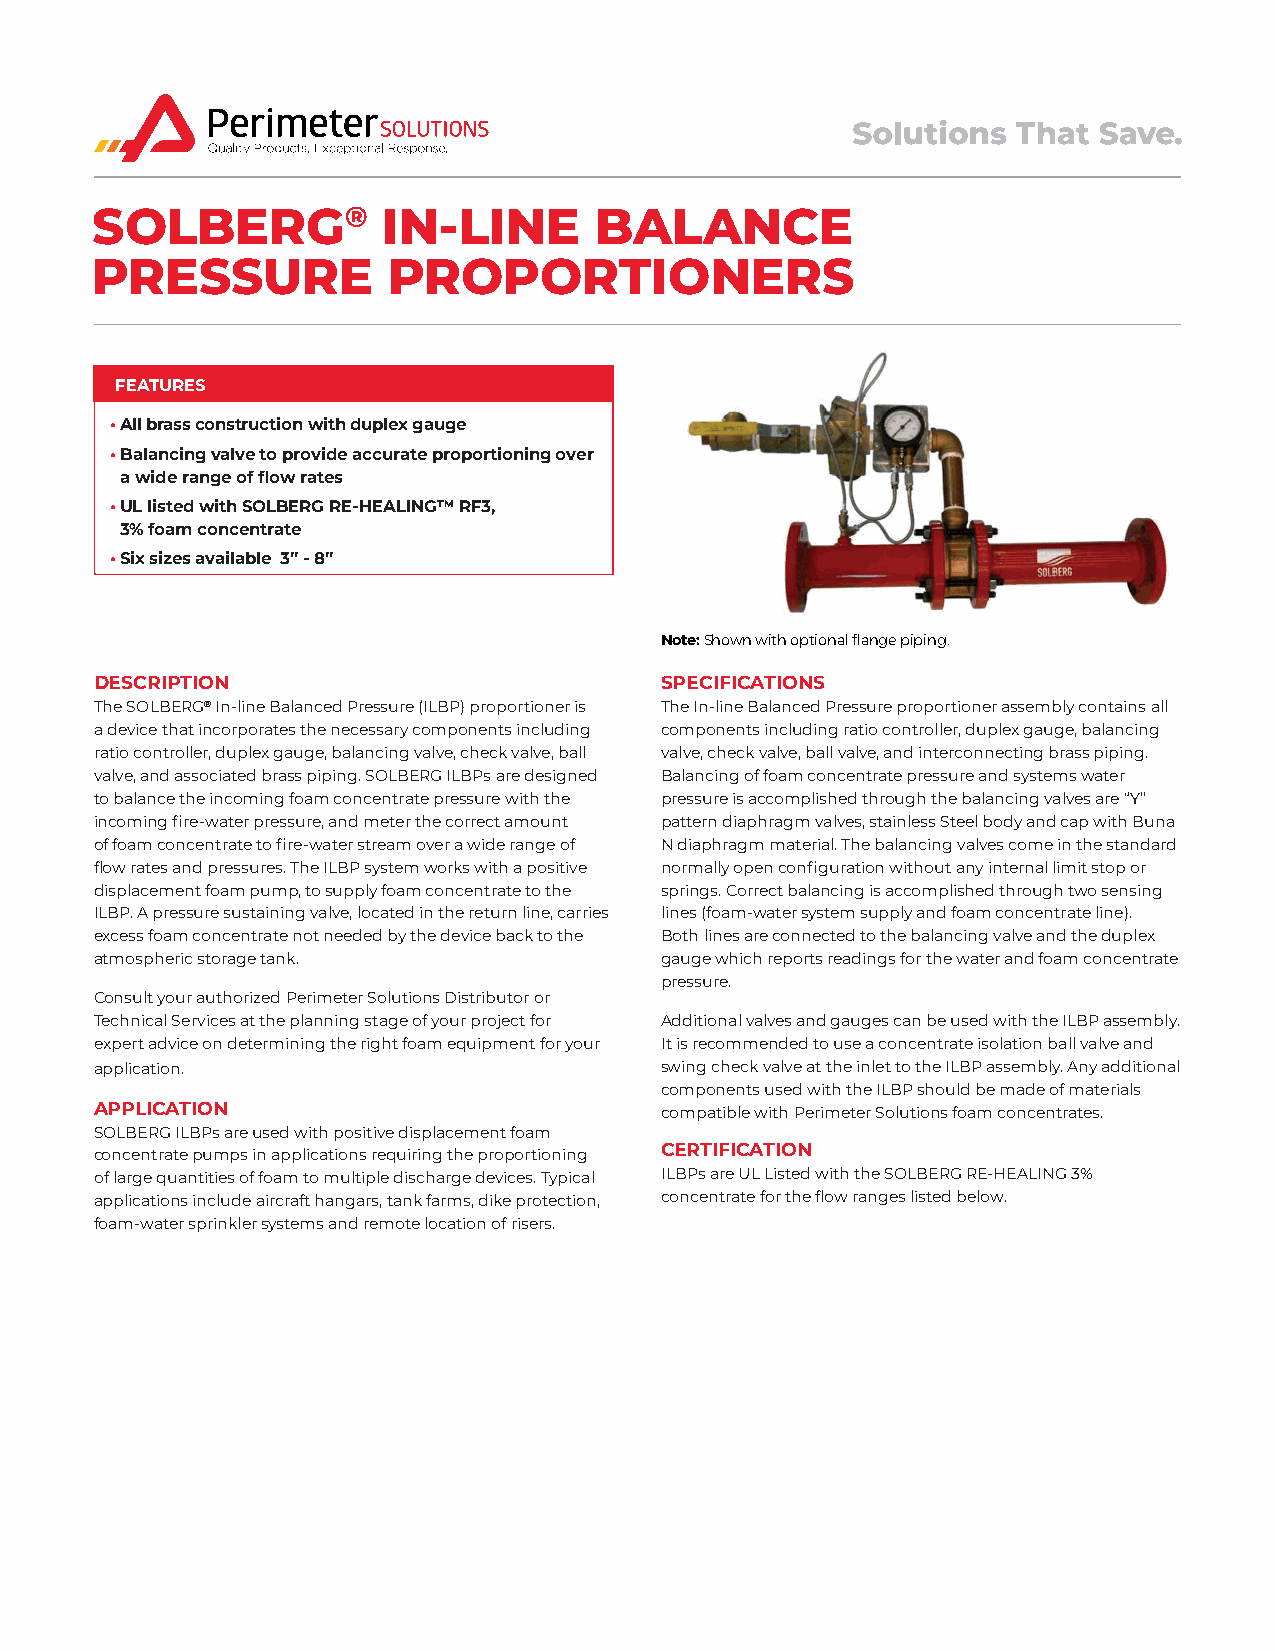
SOLBERG®           IN-LINE       BALANCE
 PRESSURE            PROPORTIONERS
 FEATURES
 • All brass construction with duplex gauge
 • Balancing valve to provide accurate proportioning over
 a wide range of flow rates
 • UL listed with SOLBERG RE‑HEALING™ RF3,
 3% foam concentrate
 • Six sizes available 3” ‑ 8”
 Note: Shown with optional flange piping.
 DESCRIPTION                           SPECIFICATIONS
 The SOLBERG® In-line Balanced Pressure (ILBP) proportioner is The In-line Balanced Pressure proportioner assembly contains all
 a device that incorporates the necessary components including components including ratio controller, duplex gauge, balancing
 ratio controller, duplex gauge, balancing valve, check valve, ball valve, check valve, ball valve, and interconnecting brass piping.
 valve, and associated brass piping. SOLBERG ILBPs are designed Balancing of foam concentrate pressure and systems water
 to balance the incoming foam concentrate pressure with the pressure is accomplished through the balancing valves are “Y”
 incoming fire-water pressure, and meter the correct amount pattern diaphragm valves, stainless Steel body and cap with Buna
 of foam concentrate to fire-water stream over a wide range of N diaphragm material. The balancing valves come in the standard
 flow rates and pressures. The ILBP system works with a positive normally open configuration without any internal limit stop or
 displacement foam pump, to supply foam concentrate to the springs. Correct balancing is accomplished through two sensing
 ILBP. A pressure sustaining valve, located in the return line, carries lines (foam-water system supply and foam concentrate line).
 excess foam concentrate not needed by the device back to the Both lines are connected to the balancing valve and the duplex
 atmospheric storage tank.             gauge which reports readings for the water and foam concentrate
 pressure.
 Consult your authorized Perimeter Solutions Distributor or
 Technical Services at the planning stage of your project for Additional valves and gauges can be used with the ILBP assembly.
 expert advice on determining the right foam equipment for your It is recommended to use a concentrate isolation ball valve and
 application.                          swing check valve at the inlet to the ILBP assembly. Any additional
 components used with the ILBP should be made of materials
 APPLICATION                           compatible with Perimeter Solutions foam concentrates.
 SOLBERG ILBPs are used with positive displacement foam
 CERTIFICATION
 concentrate pumps in applications requiring the proportioning
 of large quantities of foam to multiple discharge devices. Typical ILBPs are UL Listed with the SOLBERG RE-HEALING 3%
 applications include aircraft hangars, tank farms, dike protection, concentrate for the flow ranges listed below.
 foam-water sprinkler systems and remote location of risers.